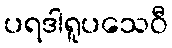
ပရဒါရူပသေဝီ